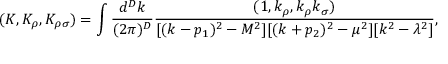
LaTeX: ( K , K _ { \rho } , K _ { \rho \sigma } ) = \int { \frac { d ^ { D } k } { ( 2 \pi ) ^ { D } } } { \frac { ( 1 , k _ { \rho } , k _ { \rho } k _ { \sigma } ) } { [ ( k - p _ { 1 } ) ^ { 2 } - M ^ { 2 } ] [ ( k + p _ { 2 } ) ^ { 2 } - \mu ^ { 2 } ] [ k ^ { 2 } - \lambda ^ { 2 } ] } } ,